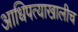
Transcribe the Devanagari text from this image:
आधिपत्याखालीच